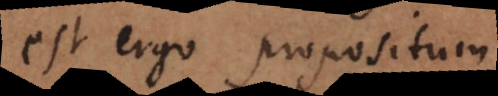
est ergo propositum.